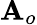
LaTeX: \mathbf{A}_{o}